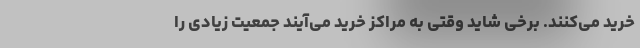
خرید می‌کنند. برخی شاید وقتی به مراکز خرید می‌آیند جمعیت زیادی را